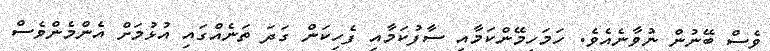
ވެސް ބޭނުން ނުވާނެއެވެ. ހަމަހިމޭންކަމާއި ސާފުކަމާއި ފެހިކަން ގަދަ ތަނެއްގައި އުޅުމަށް އެންމެންވެސް